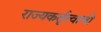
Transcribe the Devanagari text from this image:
राज्यकर्तृत्त्वाची